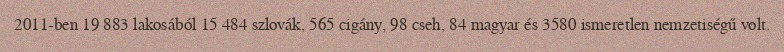
2011-ben 19 883 lakosából 15 484 szlovák, 565 cigány, 98 cseh, 84 magyar és 3580 ismeretlen nemzetiségű volt.